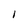
Character: I